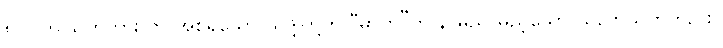
၅၂။ ဤသုတ်ကား ဘူ အစရှိသော သဒ္ဒါတို့ကို “ဓာတ်”ဟု နာမည် မှည့်သော သညာသုတ်တည်း။